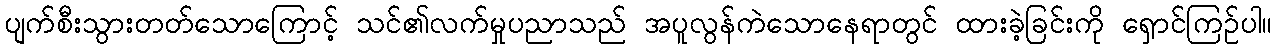
ပျက်စီးသွားတတ်သောကြောင့် သင်၏လက်မှုပညာသည် အပူလွန်ကဲသောနေရာတွင် ထားခဲ့ခြင်းကို ရှောင်ကြဉ်ပါ။